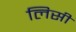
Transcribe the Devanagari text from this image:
लिसी